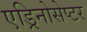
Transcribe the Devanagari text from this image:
एड्रिनोसेप्टर